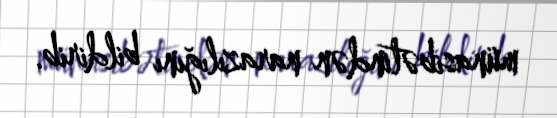
münasibətindən narazılığını bildirib.